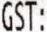
GST: